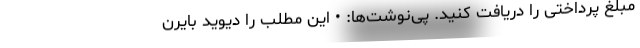
مبلغ پرداختی را دریافت کنید. پی‌نوشت‌ها: • این مطلب را دیوید بایرن